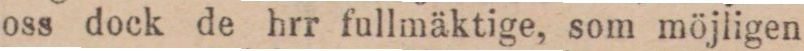
oss dock de hrr fullmäktige, som möjligen